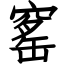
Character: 窰